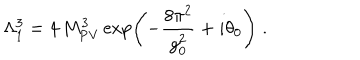
LaTeX: \Lambda _ { 1 } ^ { 3 } = 4 \, M _ { \mathrm { P V } } ^ { 3 } \exp \left( - \frac { 8 \pi ^ { 2 } } { g _ { 0 } ^ { 2 } } + i \theta _ { 0 } \right) \; .